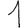
Digit: 1